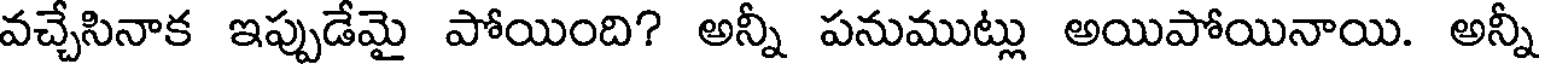
వచ్చేసినాక ఇప్పుడేమై పోయింది? అన్నీ పనుముట్లు అయిపోయినాయి. అన్నీ